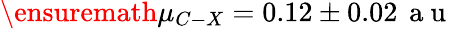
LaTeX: \ensuremath{\mu}_{C-X}=0.12\pm 0.02\, \mathrm{~a~u~}